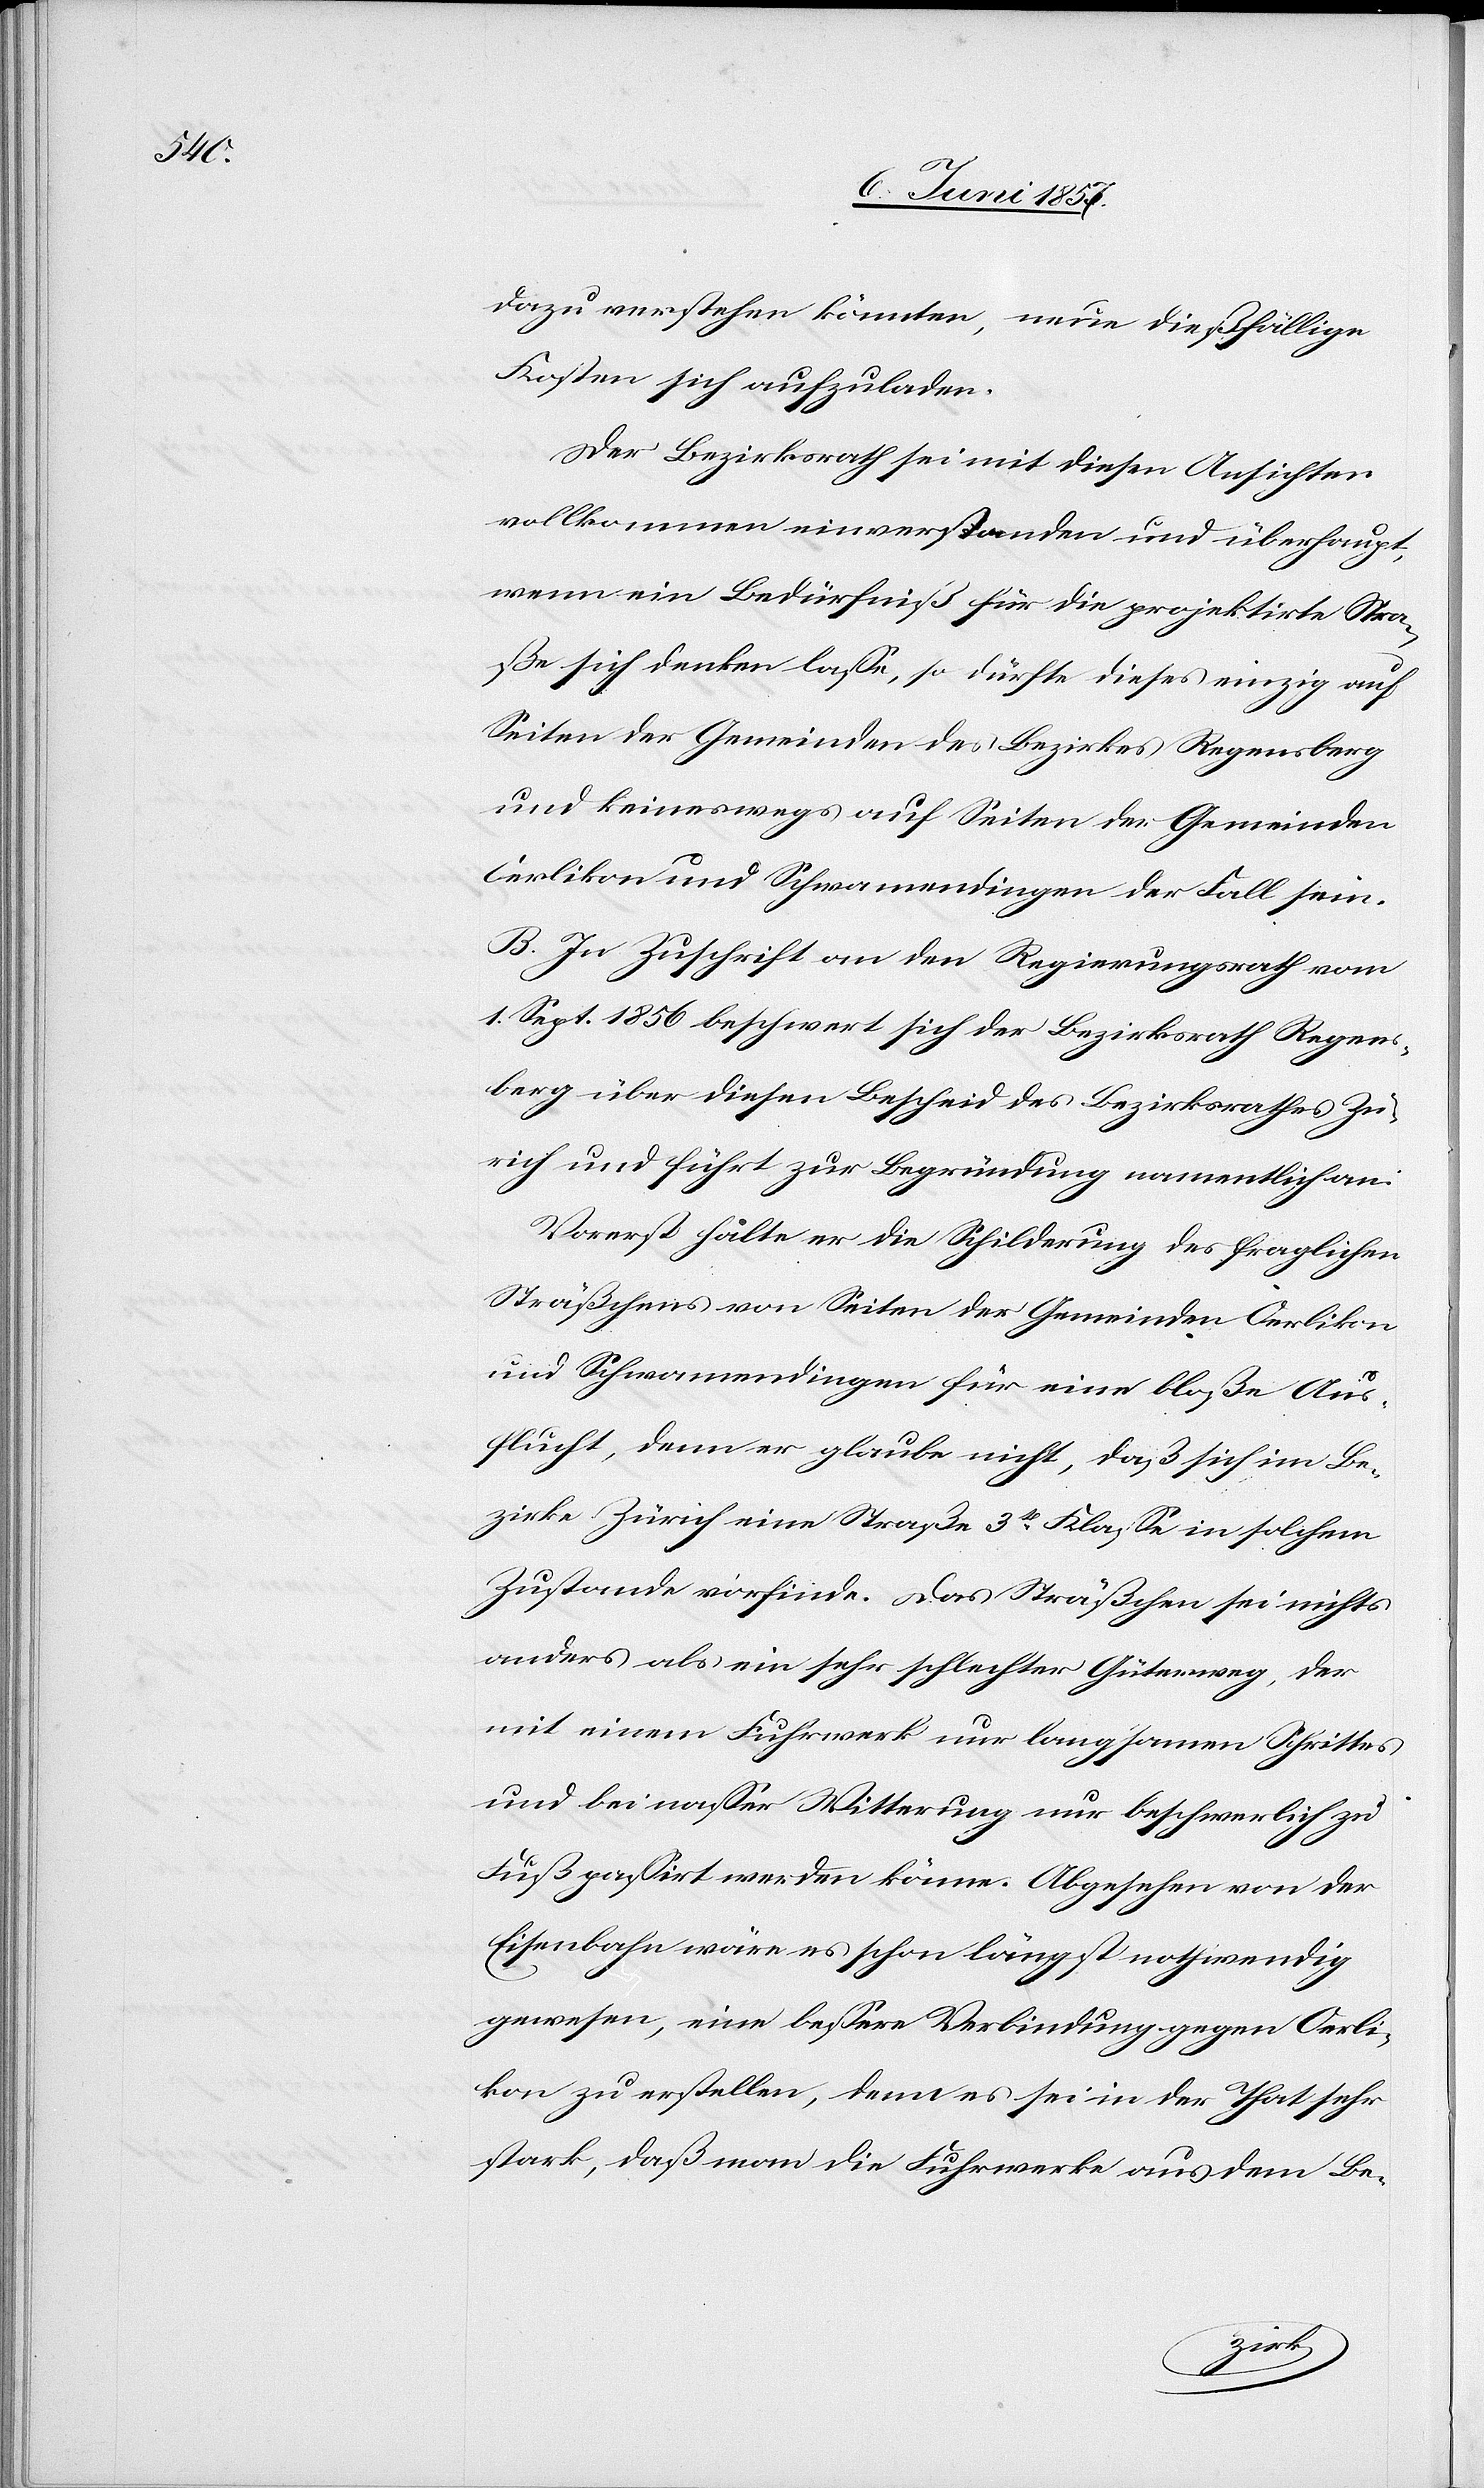
dazu verstehen könnten, neue dießfällige
Kosten sich aufzuladen.
Der Bezirksrath sei mit diesen Ansichten
vollkommen einverstanden und überhaupt,
wenn ein Bedürfniß für die projektirte Stra¬
ße sich denken lasse, so dürfte dieses einzig auf
Seiten der Gemeinden des Bezirkes Regensberg
und keineswegs auf Seiten der Gemeinden
Oerlikon und Schwamendingen der Fall sein.
B. In Zuschrift an den Regierungsrath vom
1 Sept. 1856 beschwert sich der Bezirksrath Regens¬
berg über diesen Bescheid des Bezirksrathes Zü¬
rich und führt zur Begründung namentlich an:
Vorerst halte er die Schilderung des fraglichen
Sträßchens von Seiten der Gemeinde Oerlikon
und Schwamendingen für eine bloße Aus¬
flucht, denn er glaube nicht, daß sich im Be¬
zirke Zürich eine Straße 3tr Klasse in solchem
Zustande vorfinde. Das Sträßchen sei nichts
anders als ein sehr schlechter Güterweg, der
mit einem Fuhrwerk nur langsamen Schrittes
und bei nasser Witterung nur beschwerlich zu
Fuß passirt werden könne. Abgesehen von der
Eisenbahn wäre es schon längst nothwendig
gewesen, eine bessere Verbindung gegen Oerli¬
kon zu erstellen, denn es sei in der That sehr
stark, daß man die Fuhrwerke aus dem Be-